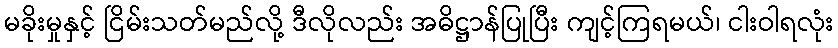
မခိုးမှုနှင့် ငြိမ်းသတ်မည်လို့ ဒီလိုလည်း အဓိဋ္ဌာန်ပြုပြီး ကျင့်ကြရမယ်၊ ငါးဝါရလုံး